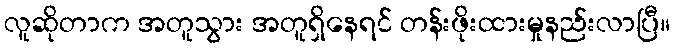
လူဆိုတာက အတူသွား အတူရှိနေရင် တန်းဖိုးထားမှုနည်းလာပြီ။